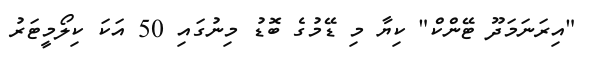
"އިރަނަމަދޫ ޓޭންކް" ކިޔާ މި ޑޭމުގެ ބޮޑު މިނުގައި 50 އަކަ ކިލޯމީޓަރު